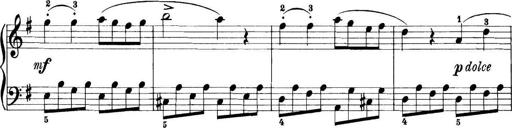
Title: 11 Sonatinas
Composer: Anton Diabelli